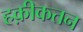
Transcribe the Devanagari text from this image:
हक़ीकतन